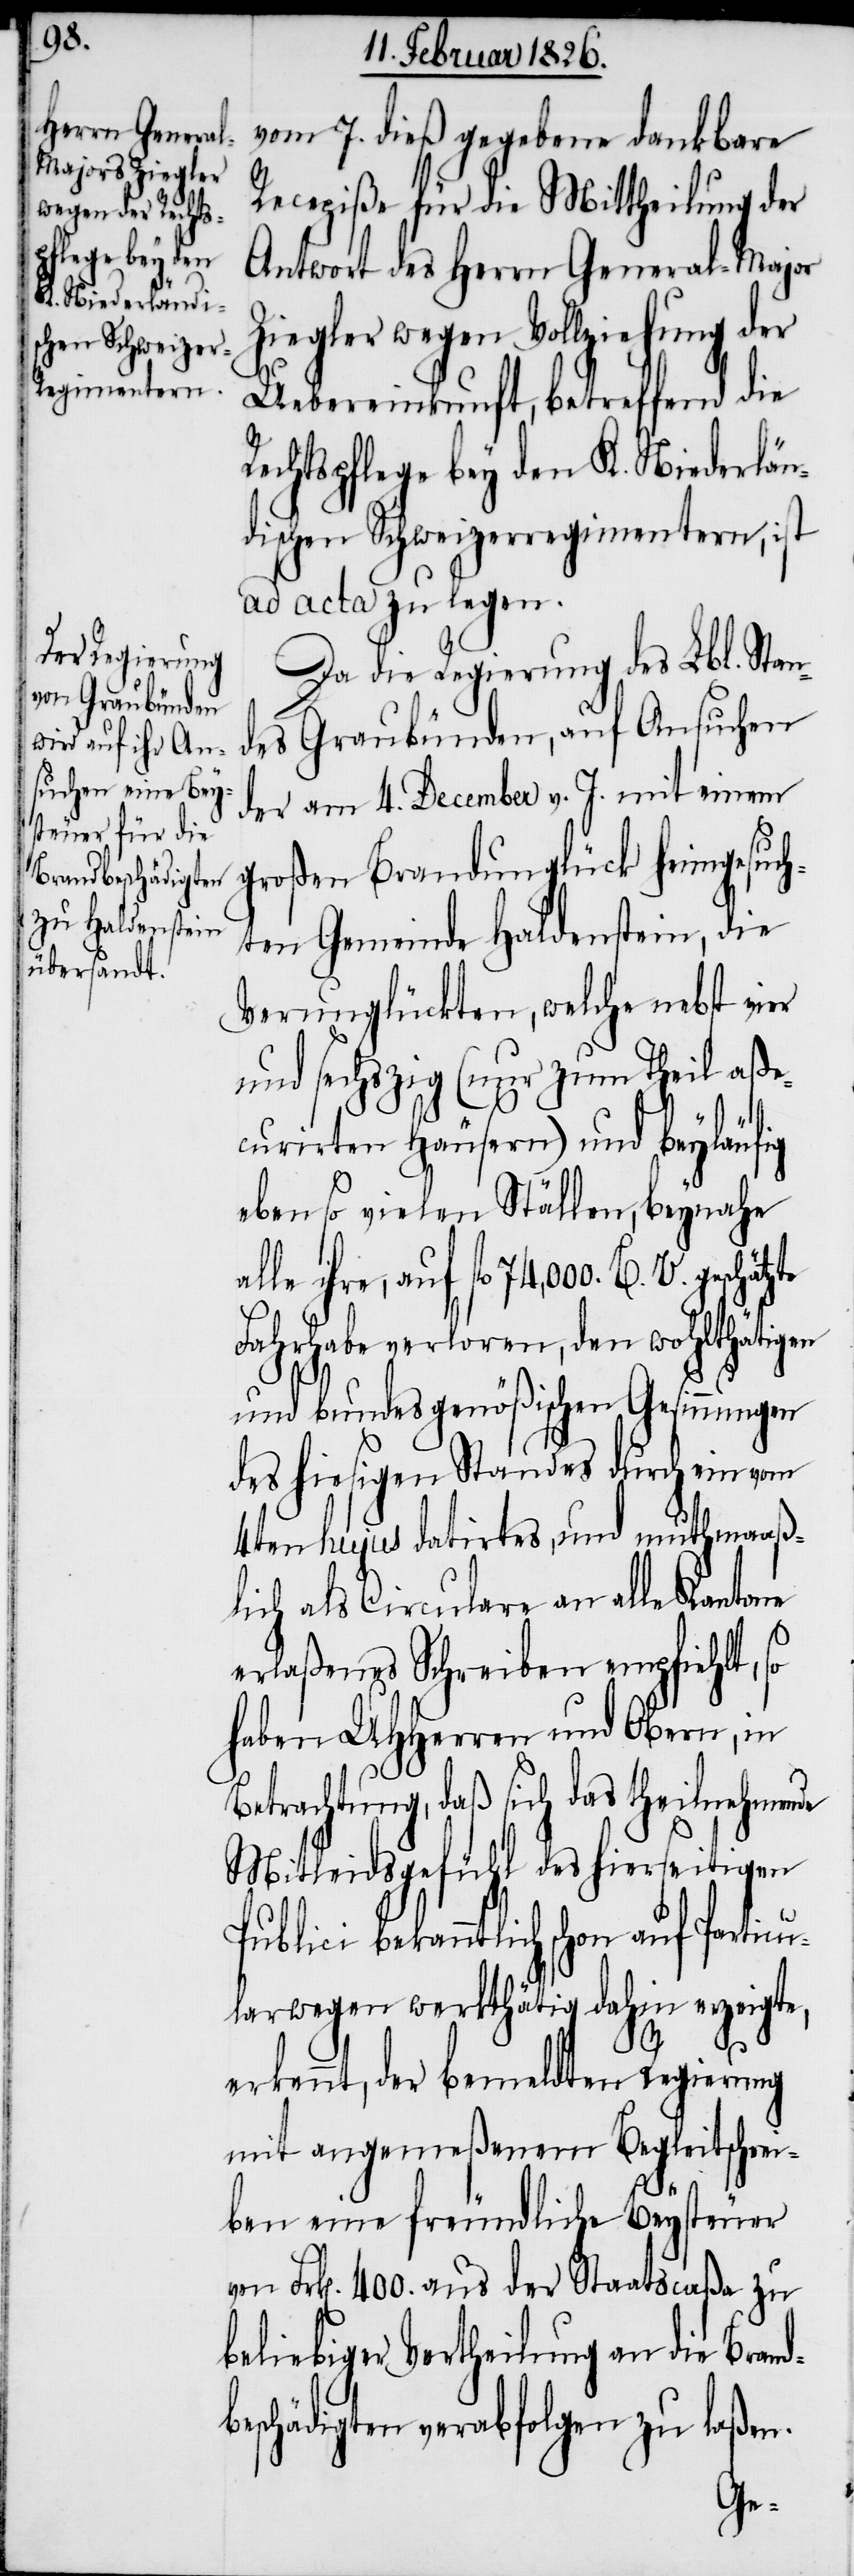
vom 7. dieß gegebene dankbare
Recepiße für die Mittheilung der
Antwort des Herrn General-Major
Ziegler wegen Vollziehung der
Uebereinkunft, betreffend die
Rechtspflege bey den K. Niederlän¬
dischen Schweizerregimentern, ist
ad acta zu legen.
Da die Regierung des Lbl. Stand¬
es Graubünden, auf Ansuchen
der am 4. December v. J. mit einem
großen Brandunglück heimgesuch¬
ten Gemeinde Haldenstein, die
Verunglückten, welche nebst vier
und sechszig (nur zum Theil aße¬
curirten Häusern) und beyläufig
eben so vielen Ställen, beynahe
alle ihre, auf fl. 74,000. B. V.
Fahrhabe verloren, den wohlthätigen
und bundesgenößischen Gesinnungen
des hiesigen Standes durch ein vom
4ten hujus datirtes, und muthmaaß¬
lich als Circulare an alle Kantone
erlaßenes Schreiben empfiehlt, so
haben UHHerren und Obern, in
Betrachtung, daß sich das theilnehmende
Mitleidsgefühl des hierseitigen
Publici bekanntlich schon auf Particu¬
larwegen werkthätig dahin erzeigte,
b¬
erkennt, der bemeldten Regierung
mit angemeßenem Begleitschrei¬
ben eine freundliche Beysteuer
Frk[en]. 400. aus der Staatscaßa zu
beliebiger Vertheilung an die Brand¬
eschädigten verabfolgen zu laßen.